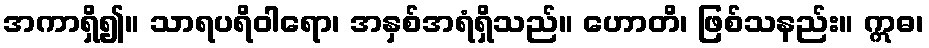
အကာရှိ၍။ သာရပရိဝါရော၊ အနှစ်အရံရှိသည်။ ဟောတိ၊ ဖြစ်သနည်း။ ဣဓ၊